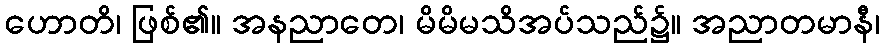
ဟောတိ၊ ဖြစ်၏။ အနညာတေ၊ မိမိမသိအပ်သည်၌။ အညာတမာနီ၊